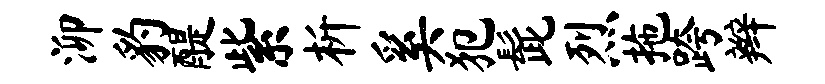
泖豹醍紫析奚犯髭烈拖跨辫